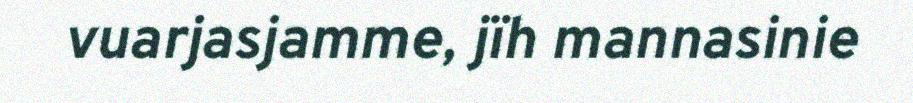
vuarjasjamme, jïh mannasinie